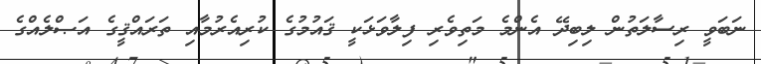
ނަބަވީ ރިސާލަތުން ލިބިދޭ އެންމެ މަތިވެރި ފިލާވަޅަކީ ޤައުމުގެ ކުރިއެރުމާއި ތަރައްޤީގެ އަޞްލެއްގެ